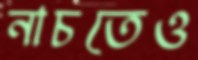
নাচতেও